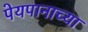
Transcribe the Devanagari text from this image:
पेयपानाच्या